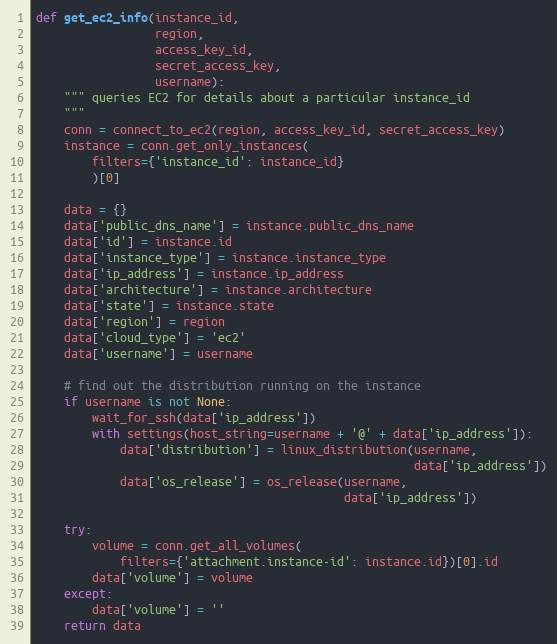
Language: Python
def get_ec2_info(instance_id,
                 region,
                 access_key_id,
                 secret_access_key,
                 username):
    """ queries EC2 for details about a particular instance_id
    """
    conn = connect_to_ec2(region, access_key_id, secret_access_key)
    instance = conn.get_only_instances(
        filters={'instance_id': instance_id}
        )[0]

    data = {}
    data['public_dns_name'] = instance.public_dns_name
    data['id'] = instance.id
    data['instance_type'] = instance.instance_type
    data['ip_address'] = instance.ip_address
    data['architecture'] = instance.architecture
    data['state'] = instance.state
    data['region'] = region
    data['cloud_type'] = 'ec2'
    data['username'] = username

    # find out the distribution running on the instance
    if username is not None:
        wait_for_ssh(data['ip_address'])
        with settings(host_string=username + '@' + data['ip_address']):
            data['distribution'] = linux_distribution(username,
                                                      data['ip_address'])
            data['os_release'] = os_release(username,
                                            data['ip_address'])

    try:
        volume = conn.get_all_volumes(
            filters={'attachment.instance-id': instance.id})[0].id
        data['volume'] = volume
    except:
        data['volume'] = ''
    return data